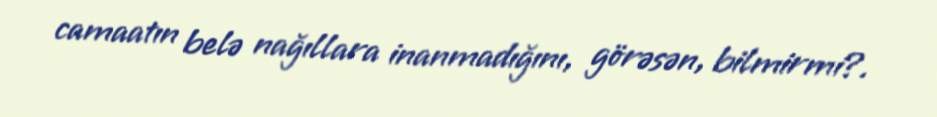
camaatın belə nağıllara inanmadığını, görəsən, bilmirmi?.